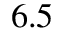
6 . 5